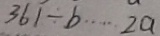
3 6 1 \div b \cdots 2 a